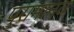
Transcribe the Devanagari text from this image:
पुरामानव